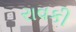
રાવકી